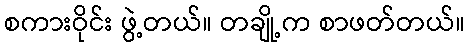
စကားဝိုင်း ဖွဲ့တယ်။ တချို့က စာဖတ်တယ်။